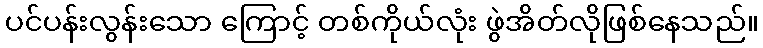
ပင်ပန်းလွန်းသော ကြောင့် တစ်ကိုယ်လုံး ဖွဲအိတ်လိုဖြစ်နေသည်။